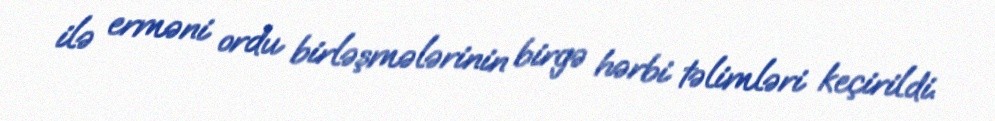
ilə erməni ordu birləşmələrinin birgə hərbi təlimləri keçirildi.